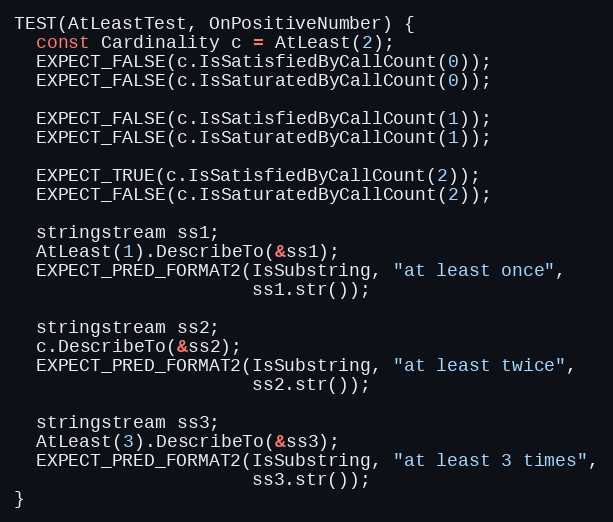
Language: C++
TEST(AtLeastTest, OnPositiveNumber) {
  const Cardinality c = AtLeast(2);
  EXPECT_FALSE(c.IsSatisfiedByCallCount(0));
  EXPECT_FALSE(c.IsSaturatedByCallCount(0));

  EXPECT_FALSE(c.IsSatisfiedByCallCount(1));
  EXPECT_FALSE(c.IsSaturatedByCallCount(1));

  EXPECT_TRUE(c.IsSatisfiedByCallCount(2));
  EXPECT_FALSE(c.IsSaturatedByCallCount(2));

  stringstream ss1;
  AtLeast(1).DescribeTo(&ss1);
  EXPECT_PRED_FORMAT2(IsSubstring, "at least once",
                      ss1.str());

  stringstream ss2;
  c.DescribeTo(&ss2);
  EXPECT_PRED_FORMAT2(IsSubstring, "at least twice",
                      ss2.str());

  stringstream ss3;
  AtLeast(3).DescribeTo(&ss3);
  EXPECT_PRED_FORMAT2(IsSubstring, "at least 3 times",
                      ss3.str());
}